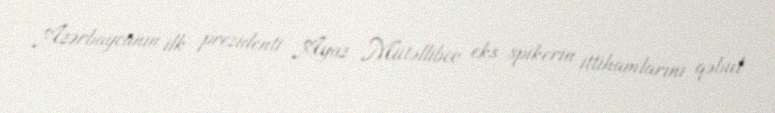
Azərbaycanın ilk prezidenti Ayaz Mütəllibov eks spikerin ittihamlarını qəbul